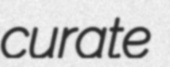
curate